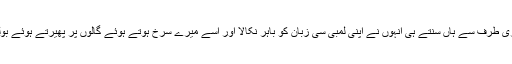
میری طرف سے ہاں سنتے ہی انہوں نے اپنی لمبی سی زبان کو باہر نکالا اور اسے میرے سرخ ہوتے ہوئے گالوں پر پھیرتے ہوئے بولیں۔